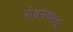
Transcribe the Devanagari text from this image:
योधयेद्यस्तु